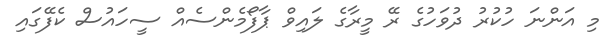
މި އަންނަ ހުކުރު ދުވަހުގެ ރޭ މީރާގެ ލައިވް ޕާފޯމެންސެއް ސީހައުސް ކެފޭގައި